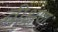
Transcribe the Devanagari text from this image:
वीक्षण